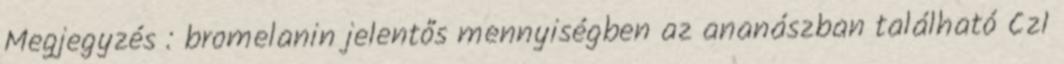
Megjegyzés : bromelanin jelentős mennyiségben az ananászban található CzI